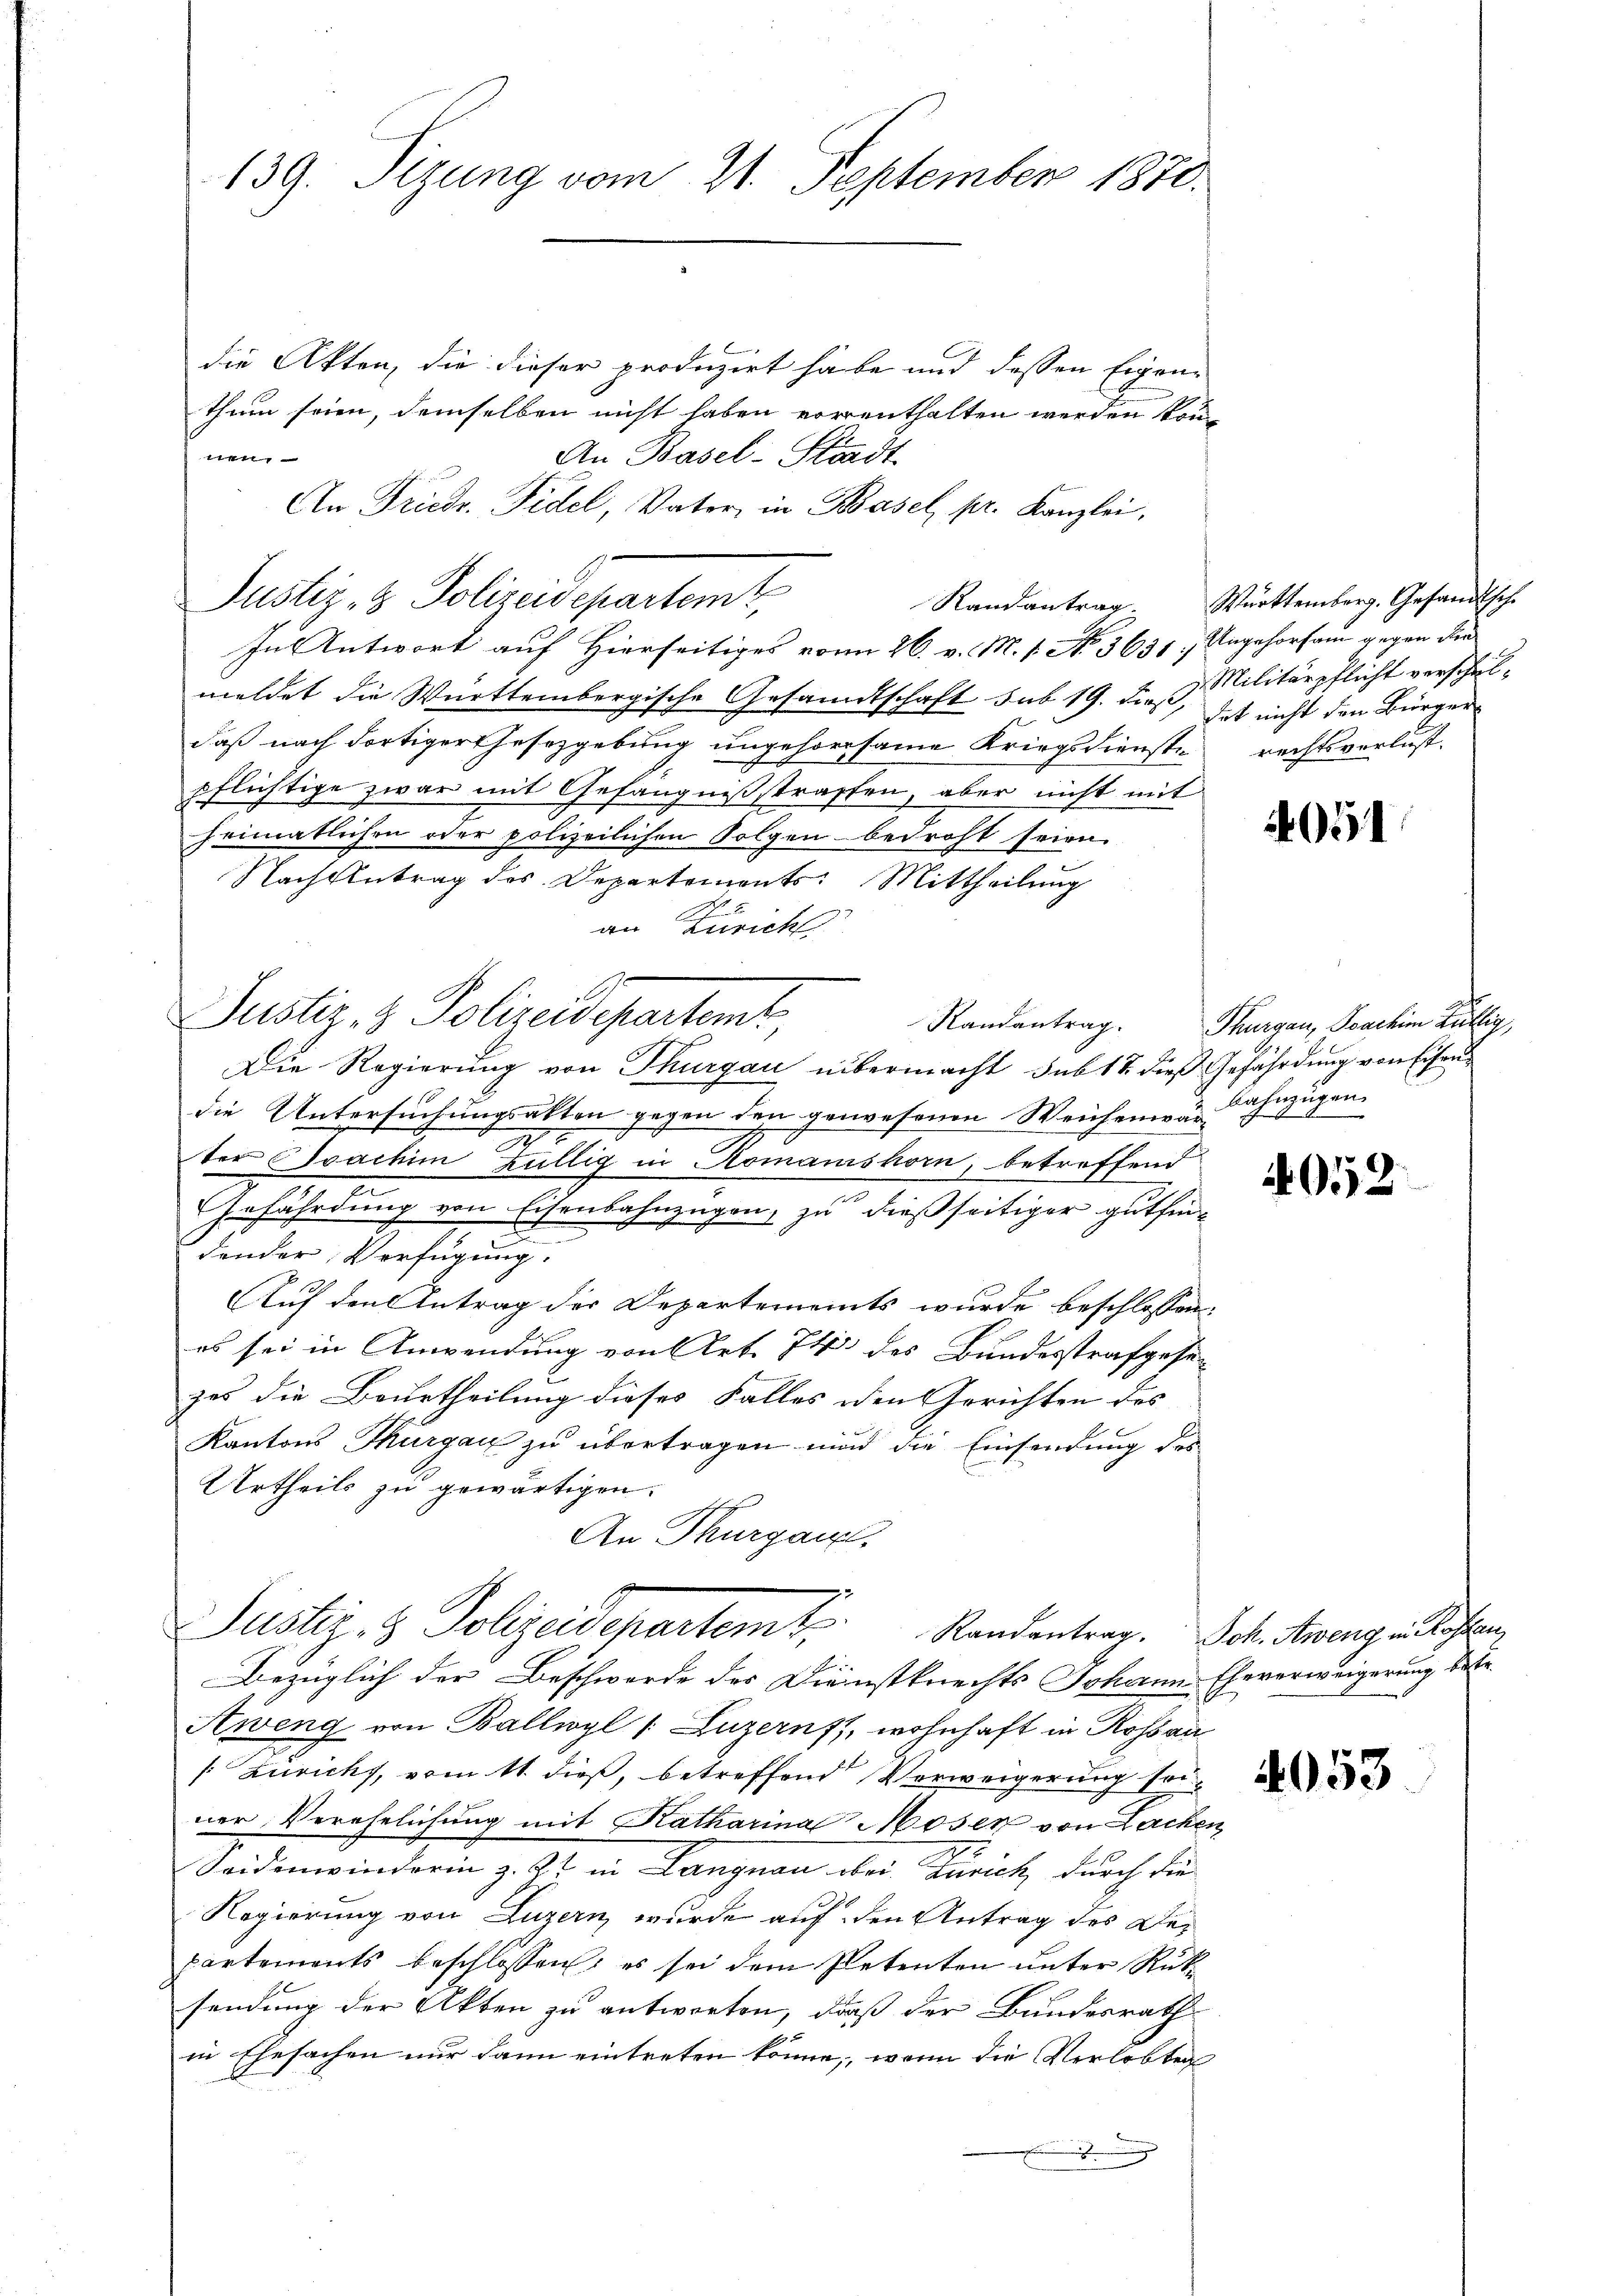
139. Sizung vom 21. September 1870.

die Akten, die dieser produzirt habe und dessen Eigenthum seien, demselben nicht haben vorenthalten werden könntten.
An Basel-Stadt
An Friedr. Fidel, Vater in Basel pr. Kanzlei,
Justiz- & Polizeidepartemt.
In Antwort auf Hierseitiges vom 26. v. M. s. No. 3631: Ungehorsam gegen die
meldet die Württembergische Gesandtschaft sub 19. dieß, ich nicht den Bürgerdaß nach dortiger Gesetzgebung ungehorsame Kriegsdienste rechtsverlustpflichtige zwar mit Gefängnißstraßen, aber nicht mit
heimatlichen oder polizeilichen Folgen bedroht seien.
Nach Antrag des Departements: Mittheilung
an Zürich
Justiz- & Polizeidepartemt
Randantrag.
Die Regierung von Thurgau übermacht sub 11 dieß Gefährdung von Eisendie Untersuchungsakten gegen den gewesenen Weichen war ahnzügen,
.
ter vachim Züllig in Romanishorn, betreffend
e
Gefährdung von Eisenbahnzügen, zu dießseitiger gutfindender Verfügung.
Auf den Antrag der Departements wurde beschlossen:
es sei in Anwendung von Art. 74 des Bundesstrafgese
zes die Beurtheilung dieses Falles den Gerichten des
Kantons Thurgau zu übertragen und die Einsendung des
Urtheils zu gewärtigen.
An Thurgau,
Justiz- & Polizeidepartem Randantrag. Joh. Areng einlichen
Bezüglich der Beschwerde des Dienstknechts Johann-Eheverweigerung betr.
Aweng von Ballwyl (Luzern, wohnhaft in Rosa
[Züricht, vom 11. dieß, betreffend Verweigerung sei
ner Verehelichung mit Katharina Moser von Lachen
2
Seidenwinderin z. Zt. in Langnau ober. Zurick durch die
Regierung von Luzern wurde auf den Antrag des Departements beschlossen, es sei dem Petenten unter Rüksendung der Akten zu antworten, daß der Bundesrath
in Ehesachen nur dann eintreten könne, wenn die Verlobten
g

Randantrag. Württemberg. Gesandtsch.
Militärpflicht verschel¬

051

Thurgau, Joachim Zillig,

052

4053